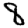
Digit: 8